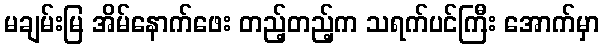
မချမ်းမြ အိမ်နောက်ဖေး တည့်တည့်က သရက်ပင်ကြီး အောက်မှာ